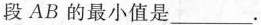
段 AB 的最小值是___.